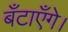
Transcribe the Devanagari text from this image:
बँटाएँगे।